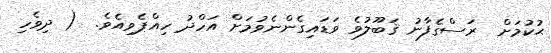
ޙުކުމަށް  ރަސްގެފާނު ޤަބޫލުވެ ވަޑައިގެންނެވުމަށް އަހްދު ހިއްޕެވިއެވެ.  ( ދިވެހި